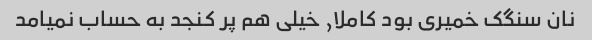
نان سنگک خمیری بود کاملا, خیلی هم پر کنجد به حساب نمیامد